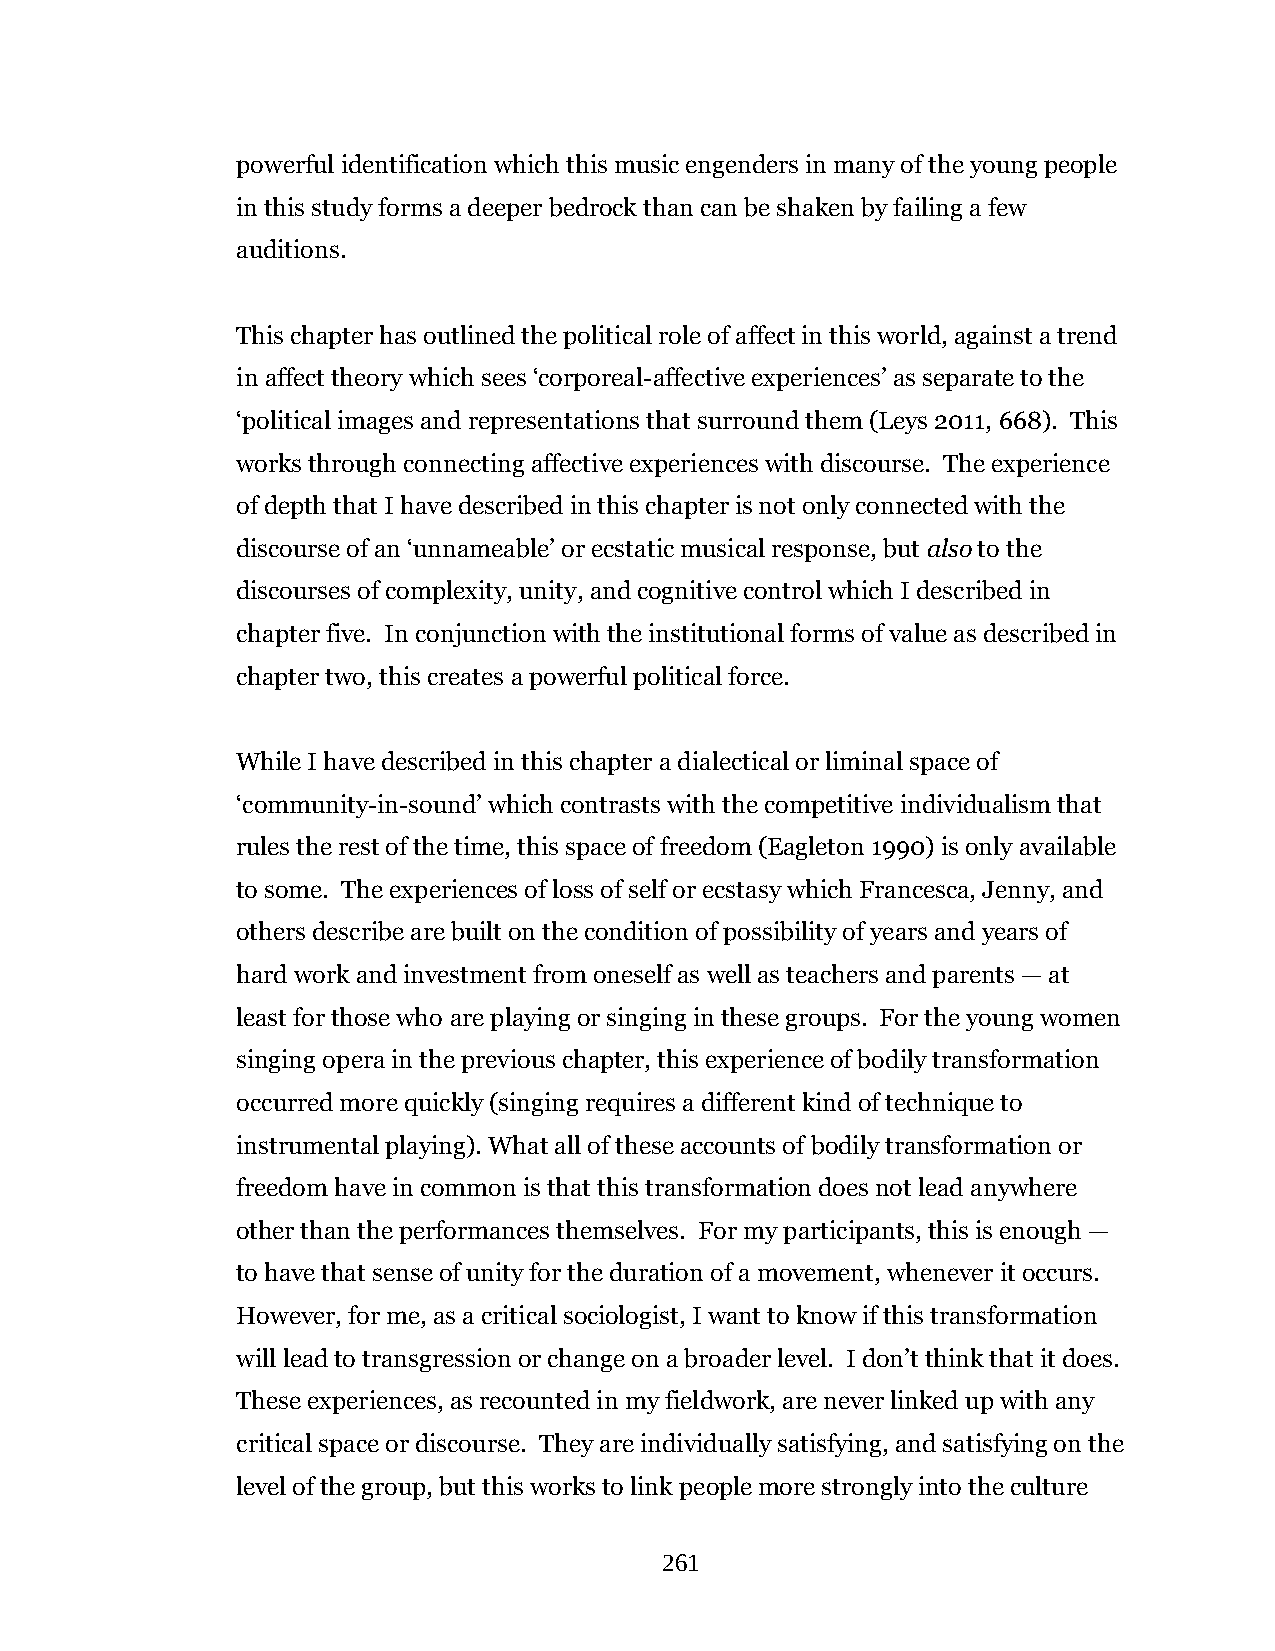
powerful identification which this music engenders in many of the young people
 in this study forms a deeper bedrock than can be shaken by failing a few
 auditions.
 This chapter has outlined the political role of affect in this world, against a trend
 in affect theory which sees ‘corporeal-affective experiences’ as separate to the
 ‘political images and representations that surround them (Leys 2011, 668). This
 works through connecting affective experiences with discourse. The experience
 of depth that I have described in this chapter is not only connected with the
 discourse of an ‘unnameable’ or ecstatic musical response, but also to the
 discourses of complexity, unity, and cognitive control which I described in
 chapter five. In conjunction with the institutional forms of value as described in
 chapter two, this creates a powerful political force.
 While I have described in this chapter a dialectical or liminal space of
 ‘community-in-sound’ which contrasts with the competitive individualism that
 rules the rest of the time, this space of freedom (Eagleton 1990) is only available
 to some. The experiences of loss of self or ecstasy which Francesca, Jenny, and
 others describe are built on the condition of possibility of years and years of
 hard work and investment from oneself as well as teachers and parents — at
 least for those who are playing or singing in these groups. For the young women
 singing opera in the previous chapter, this experience of bodily transformation
 occurred more quickly (singing requires a different kind of technique to
 instrumental playing). What all of these accounts of bodily transformation or
 freedom have in common is that this transformation does not lead anywhere
 other than the performances themselves. For my participants, this is enough —
 to have that sense of unity for the duration of a movement, whenever it occurs.
 However, for me, as a critical sociologist, I want to know if this transformation
 will lead to transgression or change on a broader level. I don’t think that it does.
 These experiences, as recounted in my fieldwork, are never linked up with any
 critical space or discourse. They are individually satisfying, and satisfying on the
 level of the group, but this works to link people more strongly into the culture
 261